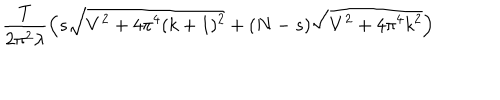
\frac { T } { 2 \pi ^ { 2 } \lambda } \Big ( s \sqrt { V ^ { 2 } + 4 \pi ^ { 4 } ( k + 1 ) ^ { 2 } } + ( N - s ) \sqrt { V ^ { 2 } + 4 \pi ^ { 4 } k ^ { 2 } } \Big )